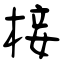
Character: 椄